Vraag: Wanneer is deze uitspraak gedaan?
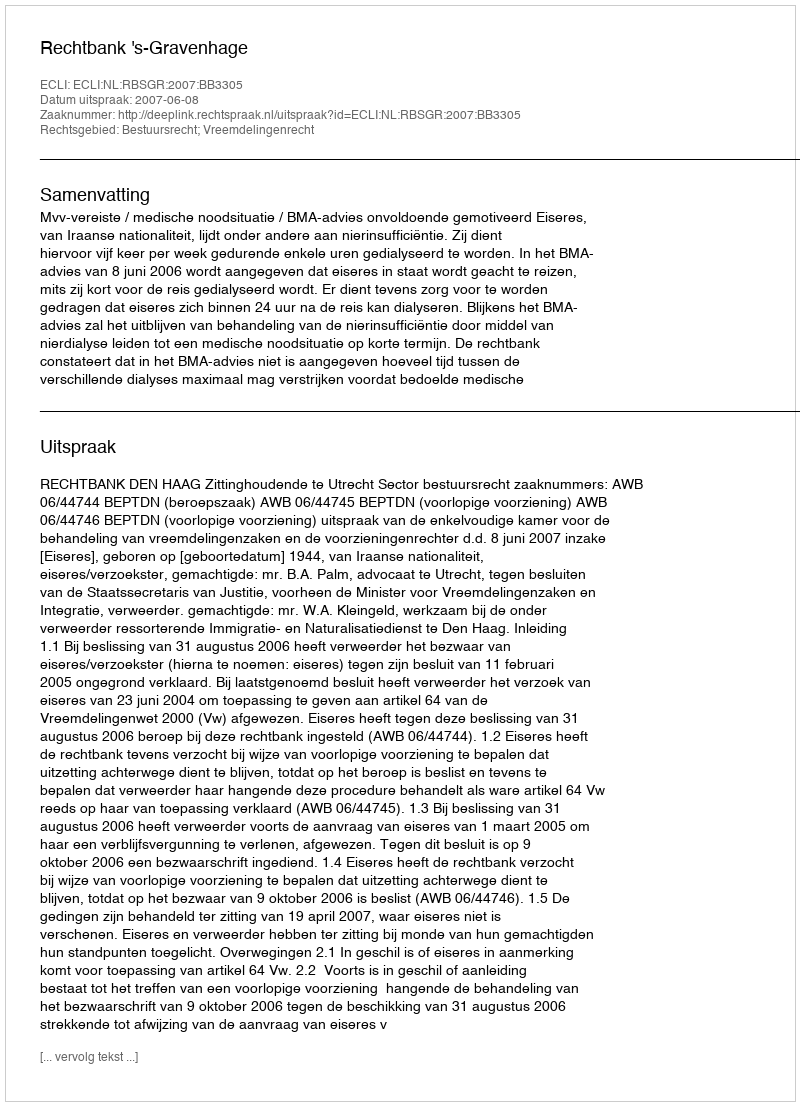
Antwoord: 2007-06-08